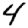
Digit: 4